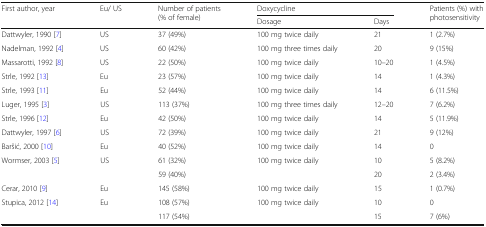
| <ROWSPAN=2> First author, year | <ROWSPAN=2> Eu/ US | <ROWSPAN=2> Number of patients (% of female) | <COLSPAN=2> Doxycycline | <ROWSPAN=2> Patients (%) with photosensitivity |
 | Dosage | Days |
 | --- | --- | --- | --- | --- | --- |
 | Dattwyler, 1990 [7] | US | 37 (49%) | 100 mg twice daily | 21 | 1 (2.7%) |
 | Nadelman, 1992 [4] | US | 60 (42%) | 100 mg three times daily | 20 | 9 (15%) |
 | Massarotti, 1992 [8] | US | 22 (50%) | 100 mg twice daily | 10–20 | 1 (4.5%) |
 | Strle, 1992 [13] | Eu | 23 (57%) | 100 mg twice daily | 14 | 1 (4.3%) |
 | Strle, 1993 [11] | Eu | 52 (44%) | 100 mg twice daily | 14 | 6 (11.5%) |
 | Luger, 1995 [3] | US | 113 (37%) | 100 mg three times daily | 12–20 | 7 (6.2%) |
 | Strle, 1996 [12] | Eu | 42 (50%) | 100 mg twice daily | 14 | 5 (11.9%) |
 | Dattwyler, 1997 [6] | US | 72 (39%) | 100 mg twice daily | 21 | 9 (12%) |
 | Baršić, 2000 [10] | Eu | 40 (52%) | 100 mg twice daily | 14 | 0 |
 | <ROWSPAN=2> Wormser, 2003 [5] | <ROWSPAN=2> US | 61 (32%) | <ROWSPAN=2> 100 mg twice daily | 10 | 5 (8.2%) |
 | 59 (40%) | 20 | 2 (3.4%) |
 | Cerar, 2010 [9] | Eu | 145 (58%) | 100 mg twice daily | 15 | 1 (0.7%) |
 | <ROWSPAN=2> Stupica, 2012 [14] | <ROWSPAN=2> Eu | 108 (57%) | <ROWSPAN=2> 100 mg twice daily | 10 | 0 |
 | 117 (54%) | 15 | 7 (6%) |